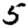
Digit: 5